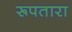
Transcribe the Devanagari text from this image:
रूपतारा